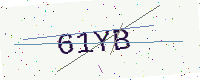
Text: 61YB